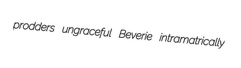
prodders ungraceful Beverie intramatrically